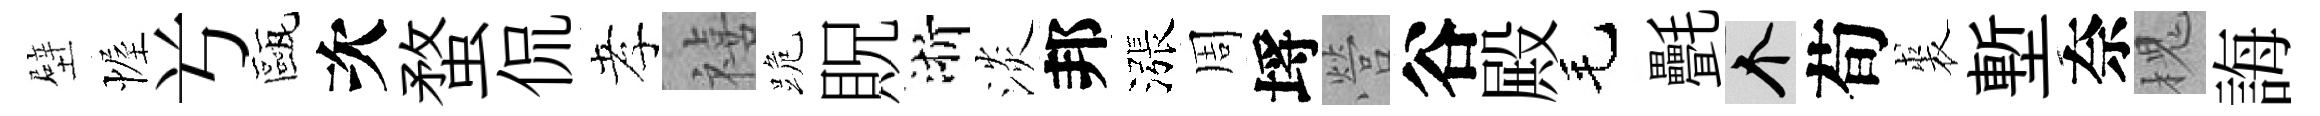
壁幄𠔃甌次蝥侃孝禧跪貺浙淡邦漲周埓營谷殿毛㲲个荀裘塹奈槐誨